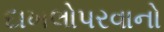
દાખલોપરવાનો